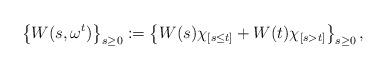
LaTeX: \begin{align*} \left\{W(s,\omega ^{t})\right\}_{s\ge0}:=\left\{W(s)\chi_{[s\le t]}+W(t)\chi_{[s>t]}\right\}_{s\ge0},\end{align*}